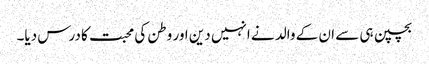
بچپن ہی سے ان کے والد نے انہیں دین اور وطن کی محبت کا درس دیا۔